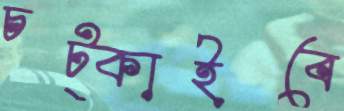
চট্‌কাইবে